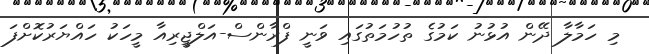
މި ހަމާލާ ދޭން އުޅުނު ކަމުގެ ތުުހުމަތުގައި ވަނީ ފްރާންސް-އަލްޖީރިއާ މީހަކު ހައްޔަރުކޮށްފަ